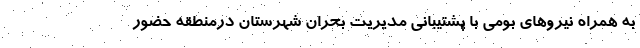
به همراه نیروهای بومی با پشتیبانی مدیریت بحران شهرستان درمنطقه حضور